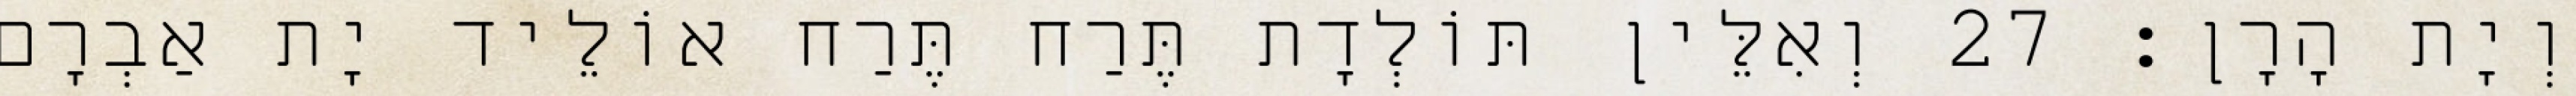
וְיָת הָרָן׃ 27 וְאִלֵּין תּוֹלְדָת תֶּרַח תֶּרַח אוֹלֵיד יָת אַבְרָם